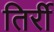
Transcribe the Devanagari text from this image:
तिर्री